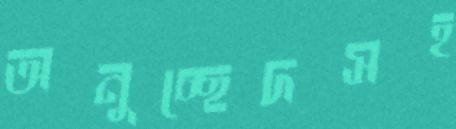
অনুচ্ছেদসহ